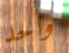
واحد